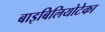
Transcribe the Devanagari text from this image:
बाइबिलियोटेका